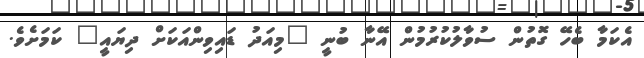
އެކަމާ ބެހޭ ގޮތުން ސުވާލުކުރުމުން އޭނާ ބުނީ "މިއަދު ޑައިވިންއަކަށް ދިޔައީ" ކަމަށެވެ.